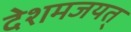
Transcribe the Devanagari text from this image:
देशमजयत्